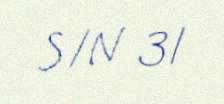
S/N 31